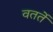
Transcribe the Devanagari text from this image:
वतर्ते